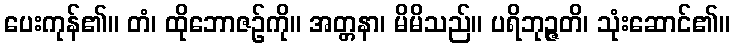
ပေးကုန်၏။ တံ၊ ထိုဘောဇဉ်ကို။ အတ္တနာ၊ မိမိသည်။ ပရိဘုဉ္ဇတိ၊ သုံးဆောင်၏။